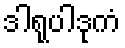
ဒါရုပါဒုကံ